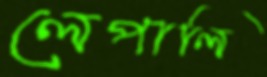
লেপালি